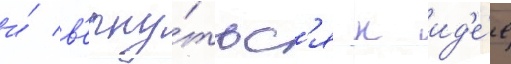
и́ в'ерну́тьс'я к ид'е́е